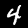
Label: 4